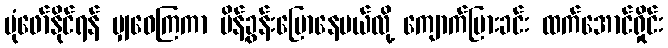
ပုံဖော်နိုင်ရန် မျှဝေကြကာ မိန့်ခွန်းပြောနေမယ်လို့ ကျောက်ပြားခင်း ထက်အောင်ရှိုင်း